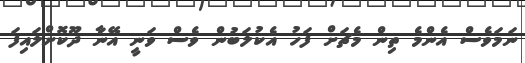
ނަމަވެސް އެންމެ ތިން މެޗަށް ފަހު އެކުލަބުން ވެސް ވަނީ އޭނާ ދޫކޮށްލައިފަ